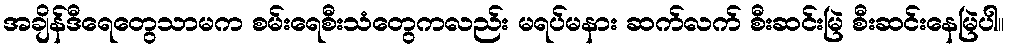
အချိန်ဒီရေတွေသာမက စမ်းရေစီးသံတွေကလည်း မရပ်မနား ဆက်လက် စီးဆင်းမြဲ စီးဆင်းနေမြဲပါ။